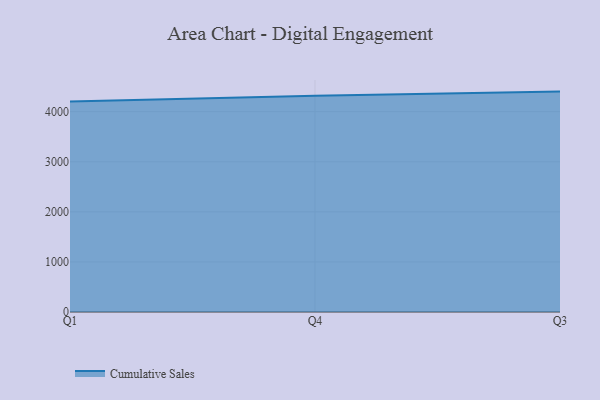
{"axis": {"x": "Quarter", "y": "Net Income (USD K)"}, "legend": ["Cumulative Sales"], "data": [{"x": "Q1", "y": 4202.5, "type": "Cumulative Sales"}, {"x": "Q4", "y": 4319.3, "type": "Cumulative Sales"}, {"x": "Q3", "y": 4401.4, "type": "Cumulative Sales"}]}